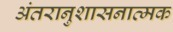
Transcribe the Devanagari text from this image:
अंतरानुशासनात्मक